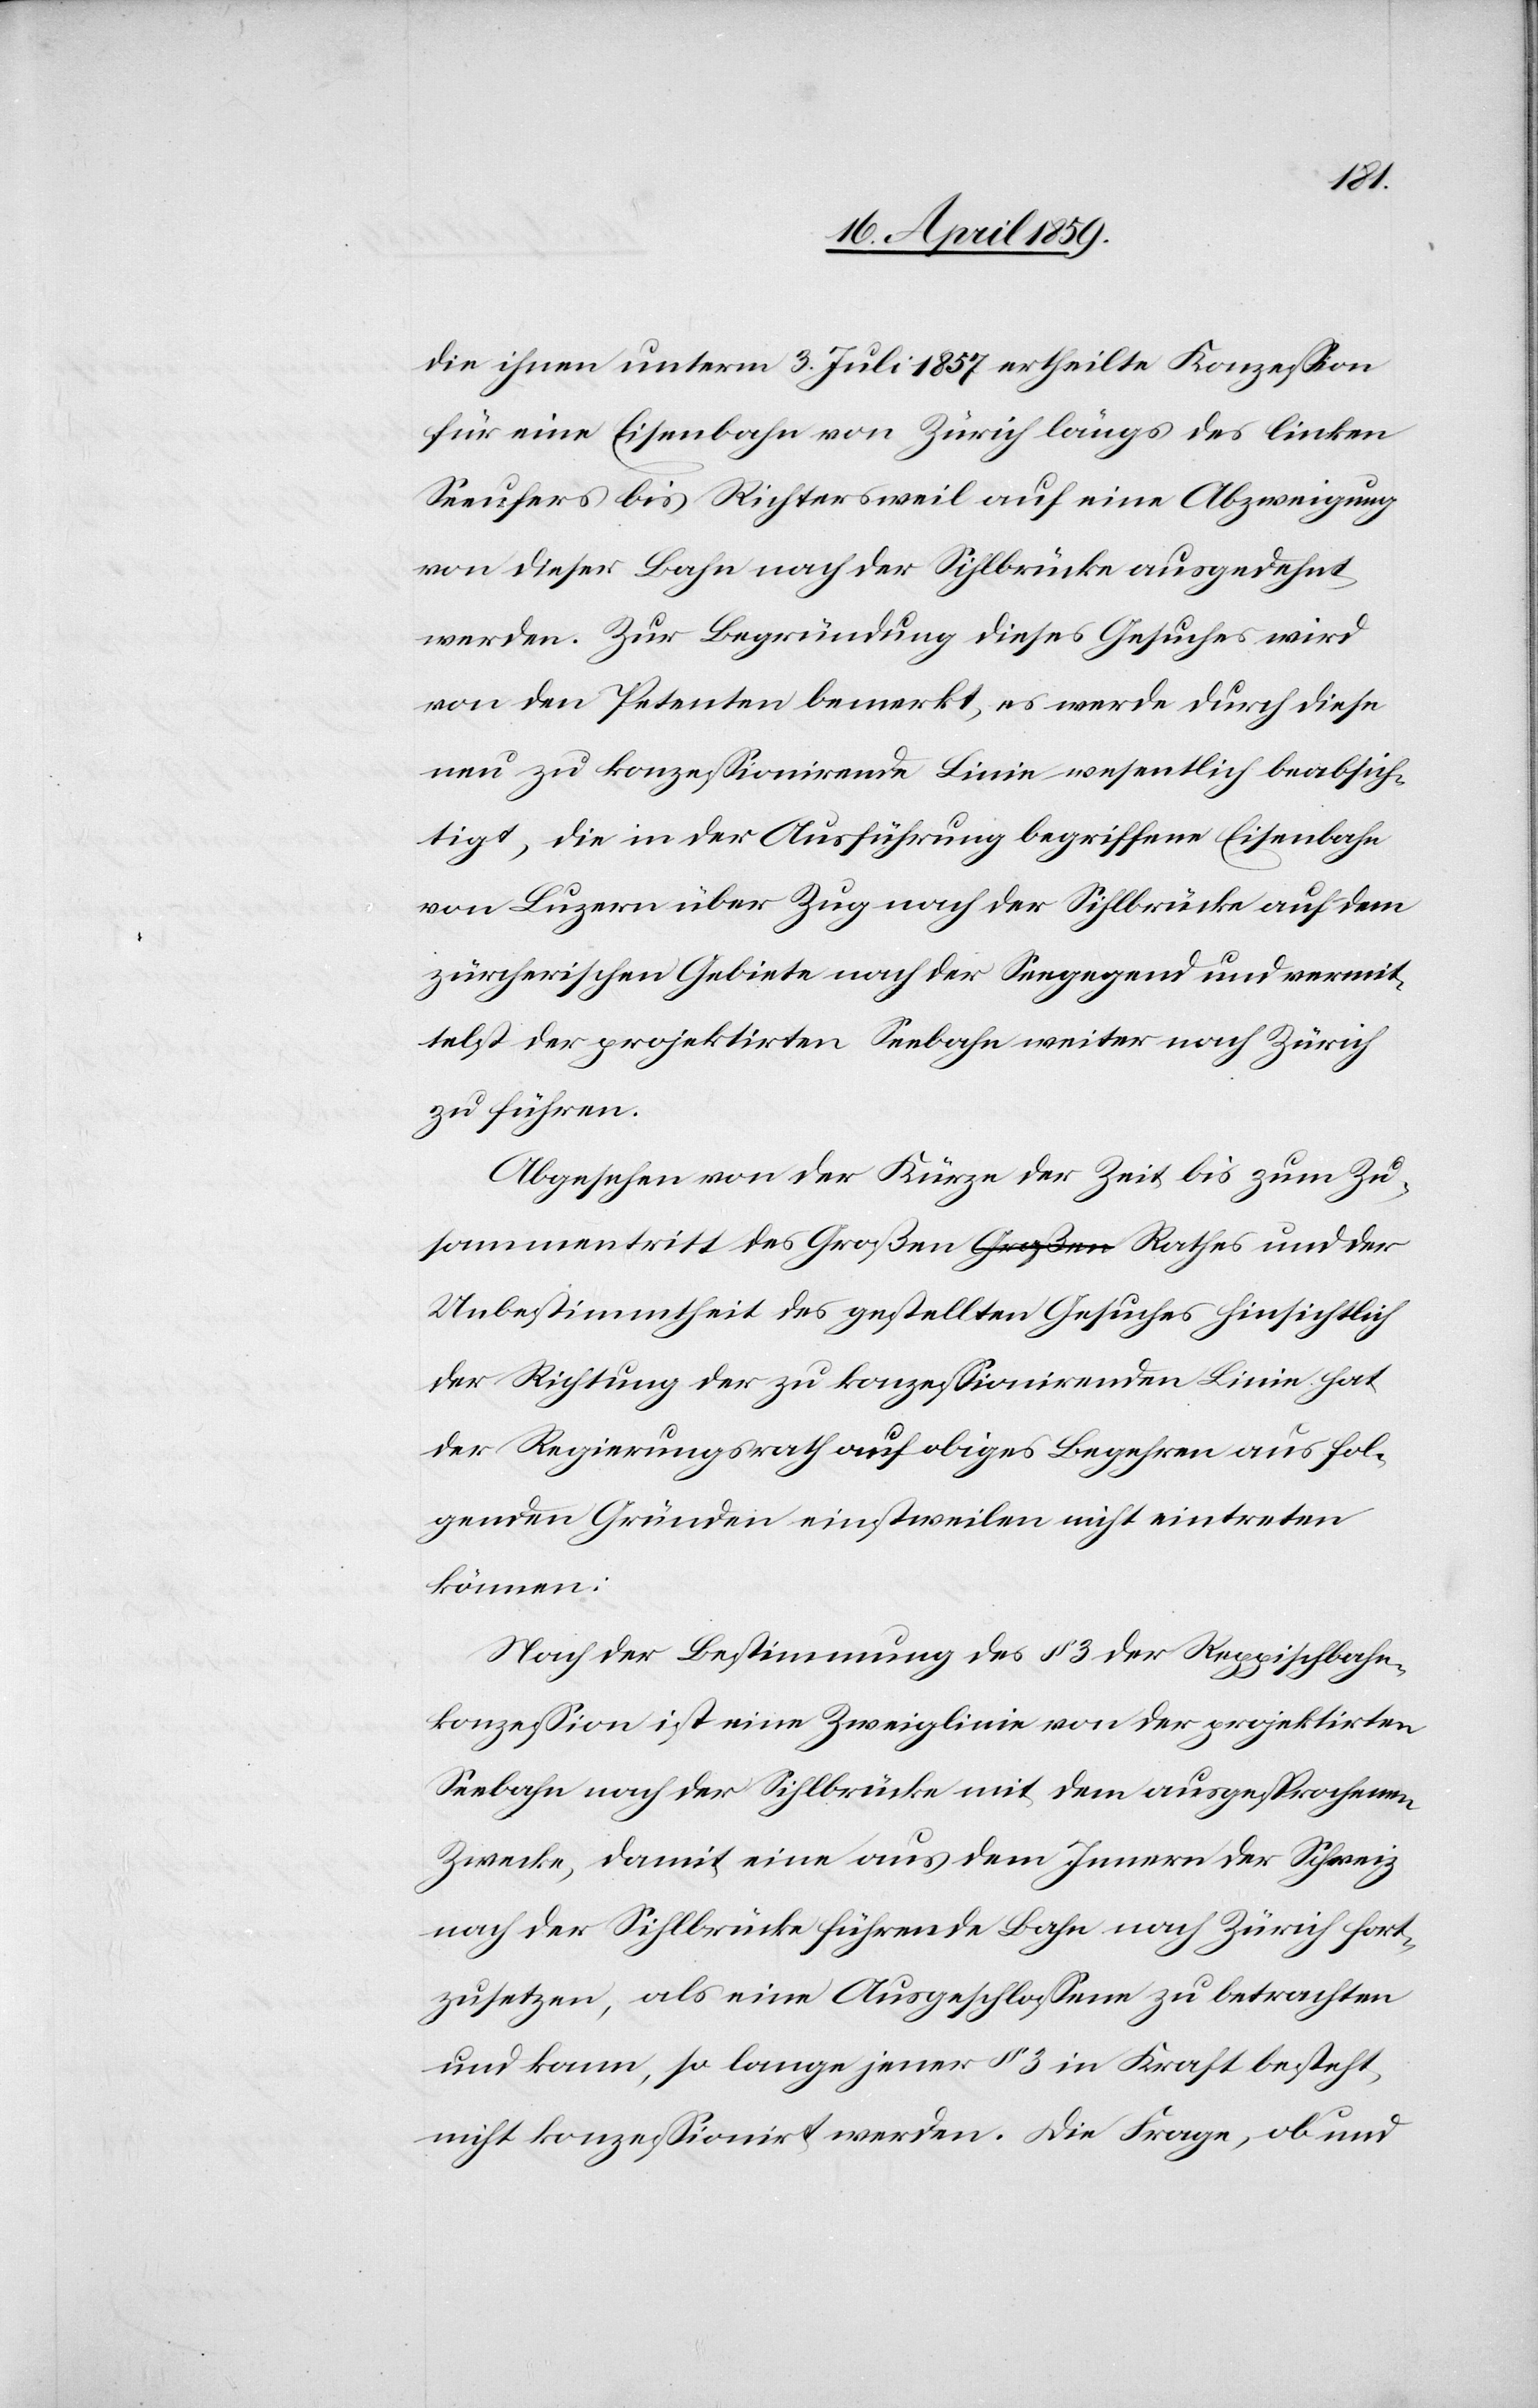
die ihnen unterm 3. Juli 1857 ertheilte Konzeßion
für eine Eisenbahn von Zürich längs des linken
Seeufers bis Richtersweil auf eine Abzweigung
von dieser Bahn nach der Sihlbrücke ausgedehnt
werden. Zur Begründung dieses Gesuches wird
von den Petenten bemerkt, es werde durch diese
neu zu konzeßionirende Linie wesentlich beabsich¬
tigt, die in der Ausführung begriffene Eisenbahn
von Luzern über Zug nach der Sihlbrücke auf dem
zürcherischen Gebiete nach der Seegegend und vermit¬
telst der projektirten Seebahn weiter nach Zürich
zu führen.
Abgesehen von der Kürze der Zeit bis zum Zu¬
sammentritt des Großen Rathes und der
Unbestimmtheit des gestellten Gesuches hinsichtlich
der Richtung der zu konzeßionirenden Linie hat
der Regierungsrath auf obiges Begehren aus fol¬
genden Gründen einstweilen nicht eintreten
können:
Nach der Bestimmung des § 3 der Reppischbahn¬
konzeßion ist eine Zweiglinie von der projektirten
Seebahn nach der Sihlbrücke mit dem ausgesprochenen
Zwecke, damit eine aus dem Innern der Schweiz
nach der Sihlbrücke führende Bahn nach Zürich fort¬
zusetzen, als eine Ausgeschloßene zu betrachten
und kann, so lange jener § 3 in Kraft besteht,
nicht konzeßionirt werden. die Frage, ob und